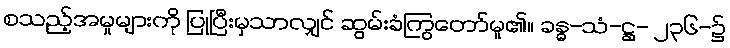
စသည့်အမှုများကို ပြုပြီးမှသာလျှင် ဆွမ်းခံကြွတော်မူ၏။ ခန္ဓ-သံ-ဋ္ဌ- ၂၃၆-၌